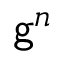
\mathsf { g } ^ { n }